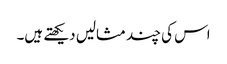
اس کی چند مثالیں دیکھتے ہیں۔